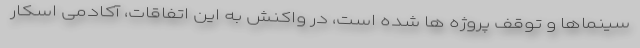
سینماها و توقف پروژه ها شده است، در واکنش به این اتفاقات، آکادمی اسکار